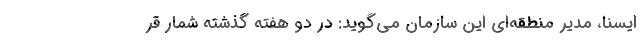
ایسنا، مدیر منطقه‌ای این سازمان می‌گوید: در دو هفته گذشته شمار قر